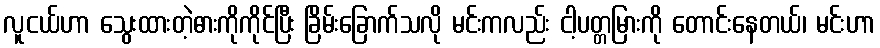
လူငယ်ဟာ သွေးထားတဲ့ဓားကိုကိုင်ပြီး ခြိမ်းခြောက်သလို မင်းကလည်း ငါ့ပတ္တမြားကို တောင်းနေတယ်၊ မင်းဟာ